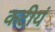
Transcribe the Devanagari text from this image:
कटीयं